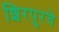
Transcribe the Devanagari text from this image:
शिरपुरचे